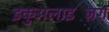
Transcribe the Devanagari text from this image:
इकुअलाइज़िंग